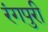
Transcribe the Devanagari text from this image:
रंगपुरी